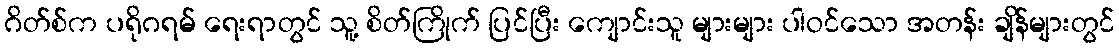
ဂိတ်စ်က ပရိုဂရမ် ရေးရာတွင် သူ့ စိတ်ကြိုက် ပြင်ပြီး ကျောင်းသူ များများ ပါဝင်သော အတန်း ချိန်များတွင်